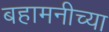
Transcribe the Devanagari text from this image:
बहामनीच्या